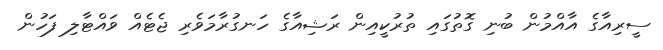
ސީރިއާގެ އާއްމުން ބުނި ގޮތުގައި ތުރުކީއިން ރަޝިއާގެ ހަނގުރާމަވެރި ޖެޓެއް ވައްޓާލި ފަހުން